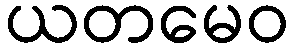
ယတမေဝ